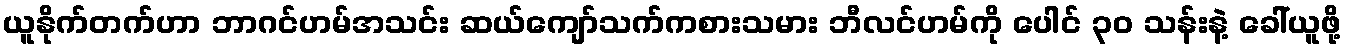
ယူနိုက်တက်ဟာ ဘာဂင်ဟမ်အသင်း ဆယ်ကျော်သက်ကစားသမား ဘီလင်ဟမ်ကို ပေါင် ၃၀ သန်းနဲ့ ခေါ်ယူဖို့